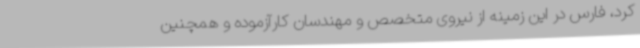
کرد، فارس در این زمینه از نیروی متخصص و مهندسان کارآزموده و همچنین